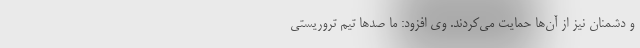
و دشمنان نیز از آن‌ها حمایت می‌کردند. وی افزود: ما صد‌ها تیم تروریستی